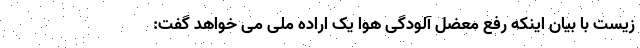
زیست با بیان اینکه رفع معضل آلودگی هوا یک اراده ملی می خواهد گفت: